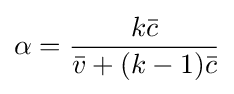
\alpha ={k{\bar {c}} \over {\bar {v}}+(k-1){\bar {c}}}